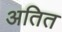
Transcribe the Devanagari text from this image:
अतित